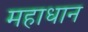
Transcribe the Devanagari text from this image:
महाधान